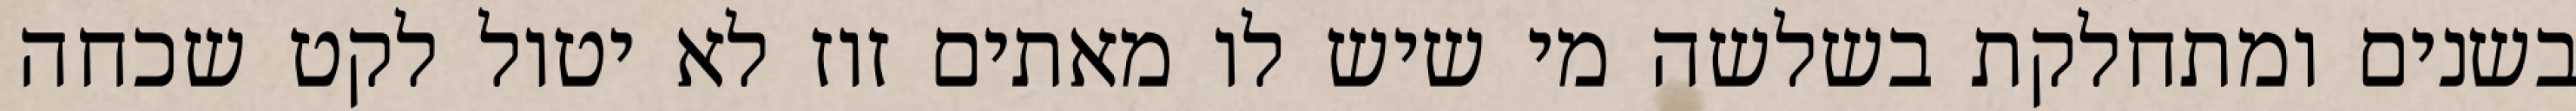
בשנים ומתחלקת בשלשה מי שיש לו מאתים זוז לא יטול לקט שכחה